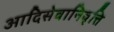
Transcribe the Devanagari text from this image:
आदिसेवानिवृत्ति